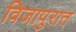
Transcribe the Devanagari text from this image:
विजापुरात